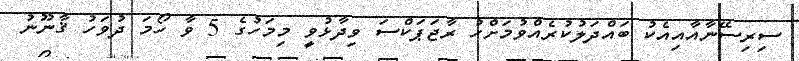
ސިރިސޭނާއާއިއެކު ބައްދަލުކުރެއްވުމަށްހު ރާޖަޕަކްސަ ވިދާޅުވީ މިމަހުގެ 5 ވާ ހޯމަ ދުވަހު ޤާނޫނު